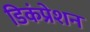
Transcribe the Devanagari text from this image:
डिकंप्रेशन